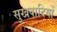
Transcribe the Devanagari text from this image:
सुखवादियों